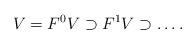
LaTeX: \begin{align*} V=F^0V\supset F^1 V\supset \dots .\end{align*}